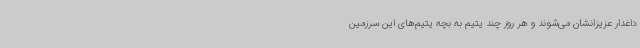
داغدار عزیزانشان می‌شوند و هر روز چند یتیم به بچه یتیم‌های این سرزمین